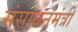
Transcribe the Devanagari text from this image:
संसाधनमंत्री